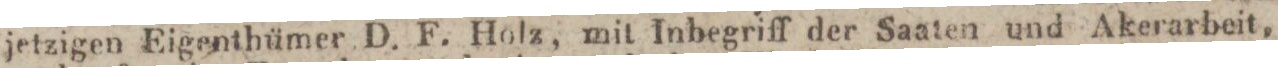
jetzigen Eigenthümer D. F. Holz, mit Inbegriff der Saaten und Akerarbeit,